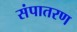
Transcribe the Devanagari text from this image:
संपातरण